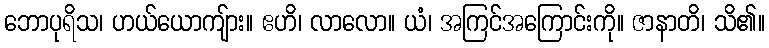
ဘောပုရိသ၊ ဟယ်ယောကျ်ား။ ဧဟိ၊ လာလော။ ယံ၊ အကြင်အကြောင်းကို။ ဇာနာတိ၊ သိ၏။